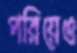
পরিয়েও